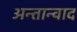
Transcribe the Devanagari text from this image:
अन्तान्वाद